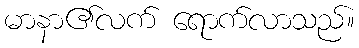
မာနာ၏လက် ရောက်လာသည်။